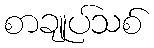
စာချုပ်သစ်